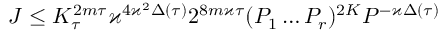
J \leq K _ { \tau } ^ { 2 m \tau } \varkappa ^ { 4 \varkappa ^ { 2 } \Delta ( \tau ) } 2 ^ { 8 m \varkappa \tau } ( P _ { 1 } \dots P _ { r } ) ^ { 2 K } P ^ { - \varkappa \Delta ( \tau ) }